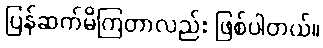
ပြန်ဆက်မိကြတာလည်း ဖြစ်ပါတယ်။